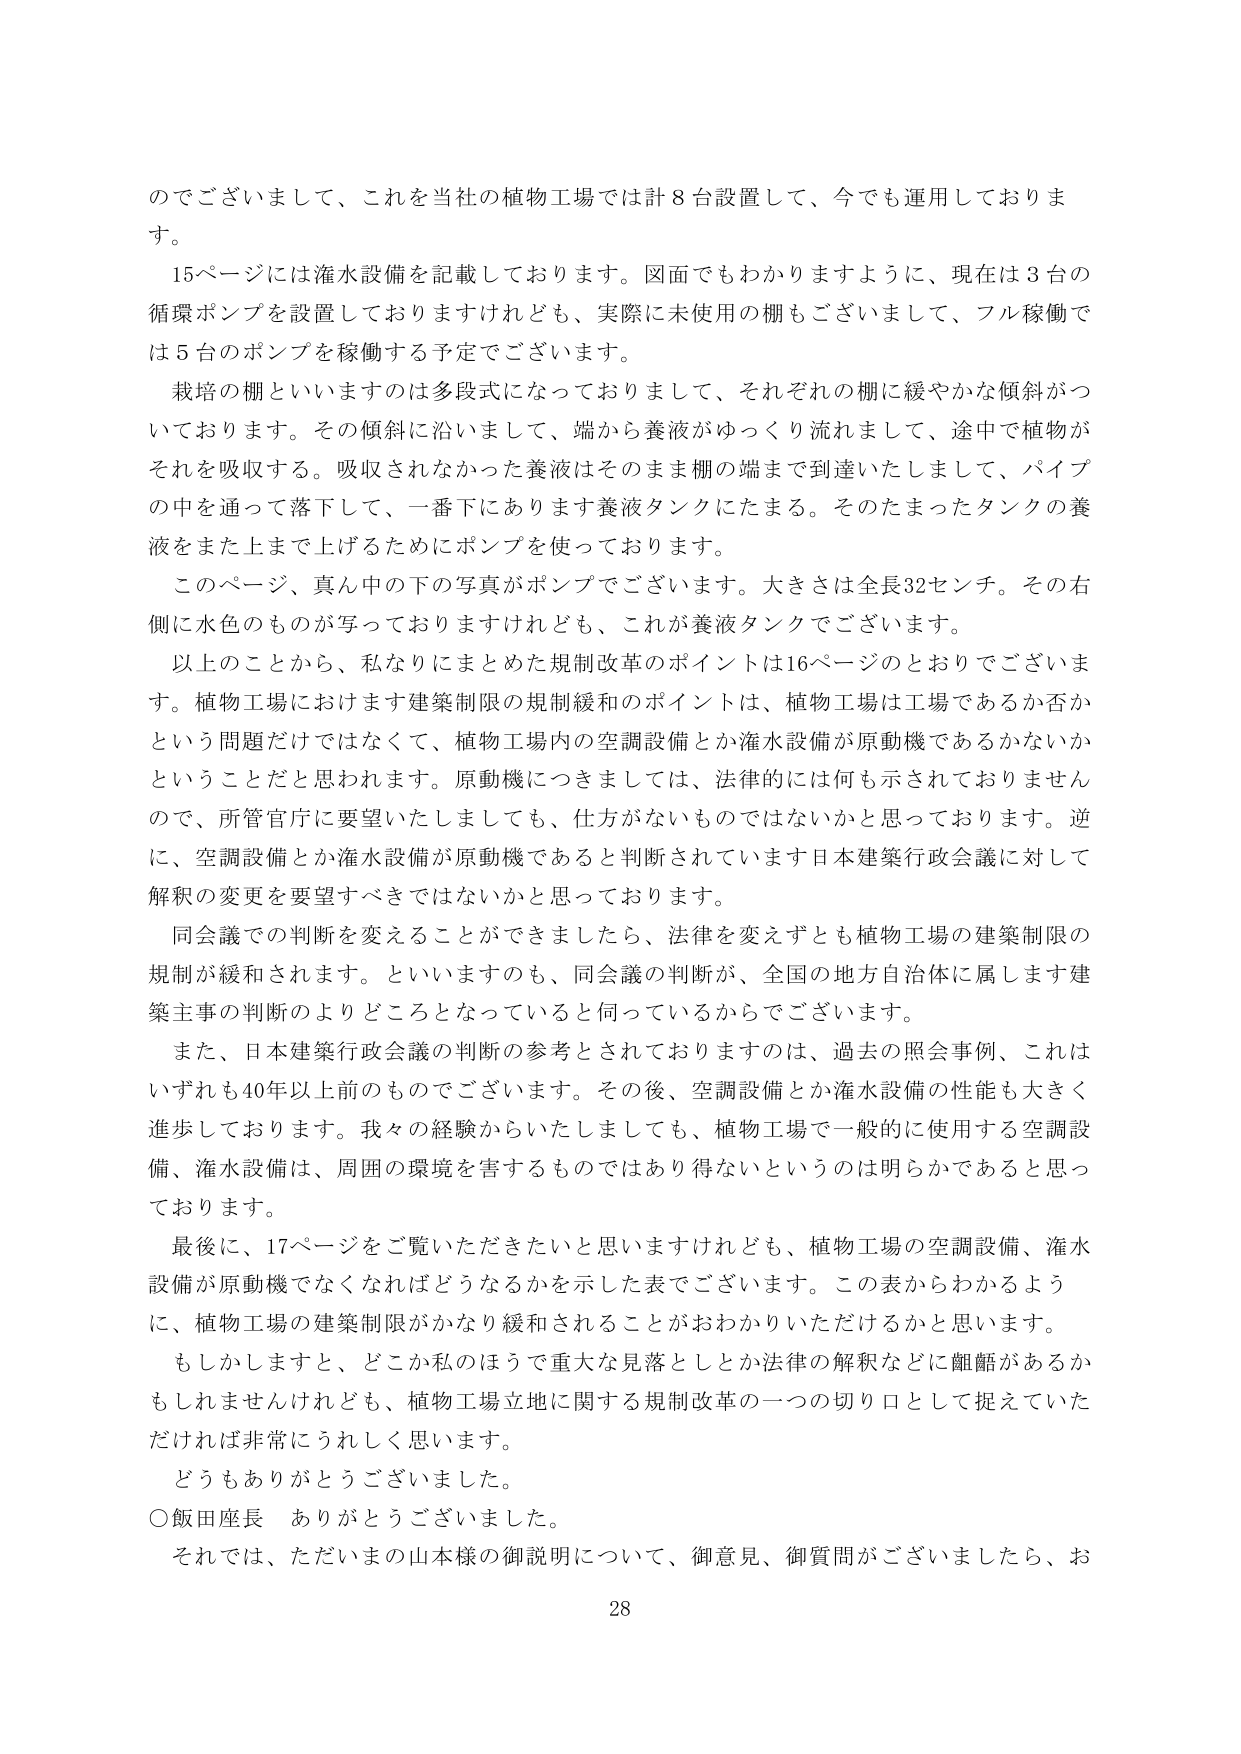
のでございまして、これを当社の植物工場では計８台設置して、今でも運用しております。
１５ページには灌水設備を記載しております。図面でもわかりますように、現在は３台の循環ポンプを設置しておりますけれども、実際に未使用の棚もございまして、フル稼働では５台のポンプを稼働する予定でございます。
栽培の棚といいますのは多段式になっておりまして、それぞれの棚に緩やかな傾斜がついております。その傾斜に沿いまして、端から養液がゆっくり流れまして、途中で植物がそれを吸収する。吸収されなかった養液はそのまま棚の端まで到達いたしまして、パイプの中を通って落下して、一番下にあります養液タンクにたまる。そのたまったタンクの養液をまた上まで上げるためにポンプを使っております。
このページ、真ん中の下の写真がポンプでございます。大きさは全長32センチ。その右側に水色のものが写っておりますけれども、これが養液タンクでございます。
以上のことから、私なりにまとめた規制改革のポイントは16ページのとおりでございます。植物工場におけます建築制限の規制緩和のポイントは、植物工場は工場であるか否かという問題だけではなくて、植物工場内の空調設備とか灌水設備が原動機であるかないかということだとと思われます。原動機につきましては、法律的には何も示されておりませんので、所管官庁に要望いたしましても、仕方がないものではないかと思っております。逆に、空調設備とか灌水設備が原動機であると判断されています日本建築行政会議に対して解釈の変更を要望すべきではないかと思っております。
同会議での判断を変えることができましたら、法律を変えずとも植物工場の建築制限の規制が緩和されます。といいますのも、同会議の判断が、全国の地方自治体に属します建築主事の判断のよりどころとなっていると伺っているからでございます。
また、日本建築行政会議の判断の参考とされておりますのは、過去の照会事例、これはいずれも40年以上前のものでございます。その後、空調設備とか灌水設備の性能も大きく進歩しております。我々の経験からいたしましても、植物工場で一般的に使用する空調設備、灌水設備は、周囲の環境を害するものではありませんというのは明らかであると思っております。
最後に、17ページをご覧いただきたいと思いますけれども、植物工場の空調設備、灌水設備が原動機でなくなればどうなるかを示した表でございます。この表からわかるように、植物工場の建築制限がかなり緩和されることがおわかりいただけるかと思います。
もしかしますと、どこか私のほうで重大な見落としとか法律の解釈などに齟齬があるかもしれませんが、植物工場立地に関する規制改革の一つの切り口として捉えていただければ非常にうれしく思います。
どうもありがとうございました。
○飯田座長　ありがとうございました。
それでは、ただいまの山本様の御説明について、御意見、御質問がございましたら、お
28